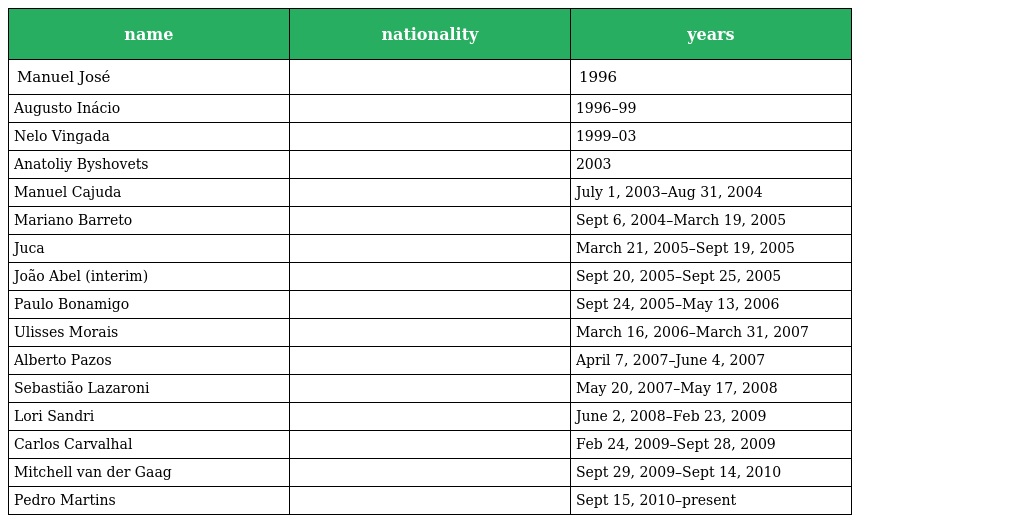
| name | nationality | years |
 | --- | --- | --- |
 | Manuel José |  | 1996 |
 | Augusto Inácio |  | 1996–99 |
 | Nelo Vingada |  | 1999–03 |
 | Anatoliy Byshovets |  | 2003 |
 | Manuel Cajuda |  | July 1, 2003–Aug 31, 2004 |
 | Mariano Barreto |  | Sept 6, 2004–March 19, 2005 |
 | Juca |  | March 21, 2005–Sept 19, 2005 |
 | João Abel (interim) |  | Sept 20, 2005–Sept 25, 2005 |
 | Paulo Bonamigo |  | Sept 24, 2005–May 13, 2006 |
 | Ulisses Morais |  | March 16, 2006–March 31, 2007 |
 | Alberto Pazos |  | April 7, 2007–June 4, 2007 |
 | Sebastião Lazaroni |  | May 20, 2007–May 17, 2008 |
 | Lori Sandri |  | June 2, 2008–Feb 23, 2009 |
 | Carlos Carvalhal |  | Feb 24, 2009–Sept 28, 2009 |
 | Mitchell van der Gaag |  | Sept 29, 2009–Sept 14, 2010 |
 | Pedro Martins |  | Sept 15, 2010–present |